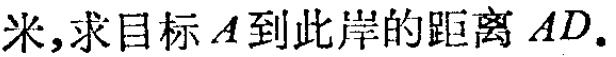
米,求目标\(A\)到 此岸的距离\(AD\).